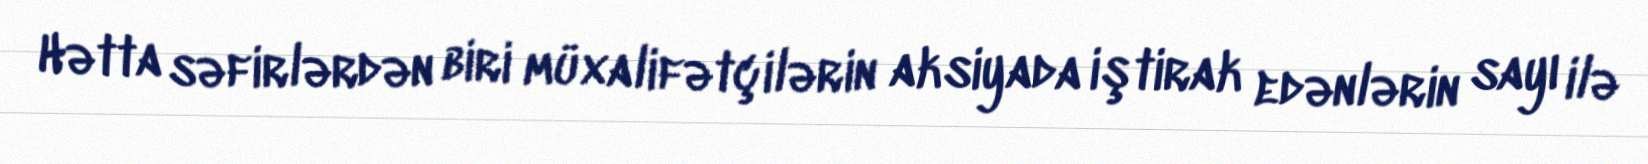
Hətta səfirlərdən biri müxalifətçilərin aksiyada iştirak edənlərin sayı ilə